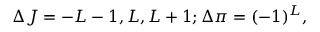
\Delta J = - L - 1 , L , L + 1 ; \Delta \pi = ( - 1 ) ^ { L } ,